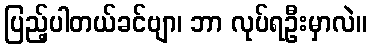
ပြည့်ပါတယ်ခင်ဗျာ၊ ဘာ လုပ်ရဦးမှာလဲ။